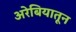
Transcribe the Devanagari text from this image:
अरेबियातून